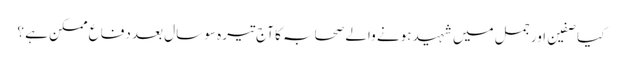
کیا صفین اور جمل میں شہید ہونے والے صحابہ کا آج تیرہ سو سال بعد دفاع ممکن ہے ؟